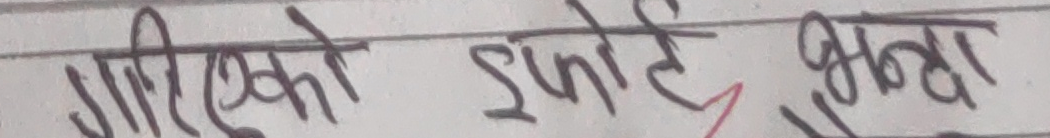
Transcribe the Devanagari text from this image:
गरिएको सपोर्ट भन्दा